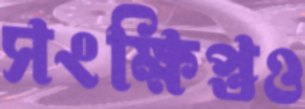
সংক্ষিপ্তও